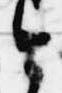
今